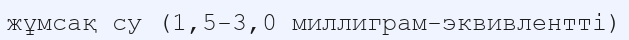
жұмсақ су (1,5-3,0 миллиграм-эквивлентті)